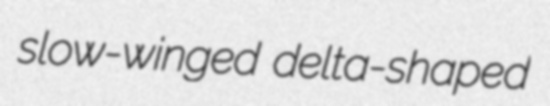
slow-winged delta-shaped